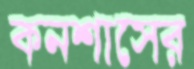
কনশাসের